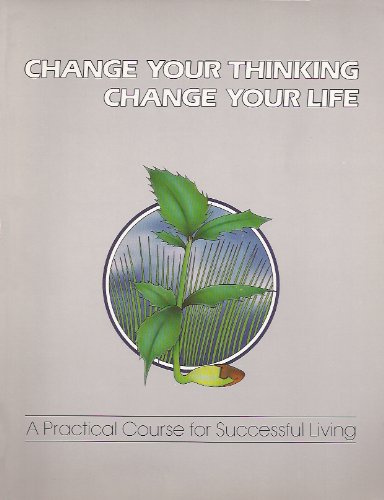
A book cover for Change Your Thinking, Change Your Life: A Practical Course in Successful Living; Ernest Holmes; Religion & Spirituality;